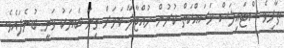
ތާށިވެ ސްޓައިލަސް މަސައްކަތް ކުރުން ހުއްޓާލާ ކަމަށް ގިނަ ބަޔަކު ވަނީ ބުނެފައެވެ.